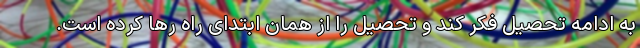
به ادامه تحصیل فکر کند و تحصیل را از همان ابتدای راه رها کرده است.